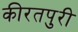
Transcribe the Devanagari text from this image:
कीरतपुरी